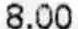
8.00